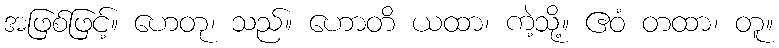
အဖြစ်ဖြင့်။ ဟေတု၊ သည်။ ဟောတိ ယထာ၊ ကဲ့သို့။ ဧဝံ တထာ၊ တူ။